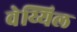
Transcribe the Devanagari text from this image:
वेय्यिल